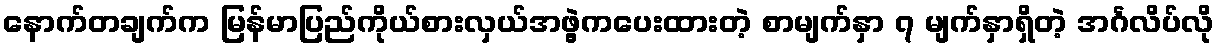
နောက်တချက်က မြန်မာပြည်ကိုယ်စားလှယ်အဖွဲ့ကပေးထားတဲ့ စာမျက်နှာ ၇ မျက်နှာရှိတဲ့ အင်္ဂလိပ်လို